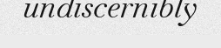
undiscernibly